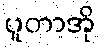
ပူတာအို